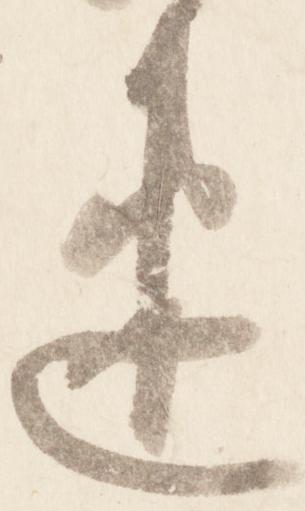
速